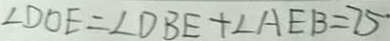
\angle D O E = \angle D B E + \angle A E B = 7 5 \cdot